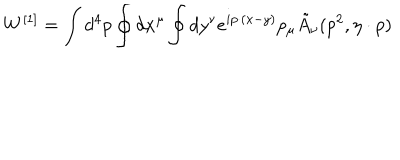
W ^ { [ 1 ] } = \int d ^ { 4 } p \oint d x ^ { \mu } \oint d y ^ { \nu } e ^ { i p \cdot ( x - y ) } p _ { \mu } \tilde { A } _ { \nu } ( p ^ { 2 } , \eta \cdot p )